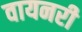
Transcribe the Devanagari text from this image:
वायनरी